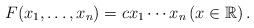
LaTeX: \begin{align*} F(x_{1}, \ldots, x_{n})=cx_{1}\cdots x_{n} \left(x\in \mathbb{R}\right). \end{align*}